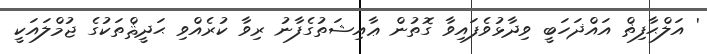
' އަލްޙާފިޡް އައްޛަހަބީ ވިދާޅުވެފައިވާ ގޮތުން ޢާއިޝަތުގެފާނު ރިވާ ކުރެއްވި ޙަދީޘްތަކުގެ ޖުމްލައަކީ